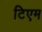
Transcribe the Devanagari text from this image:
टिएम